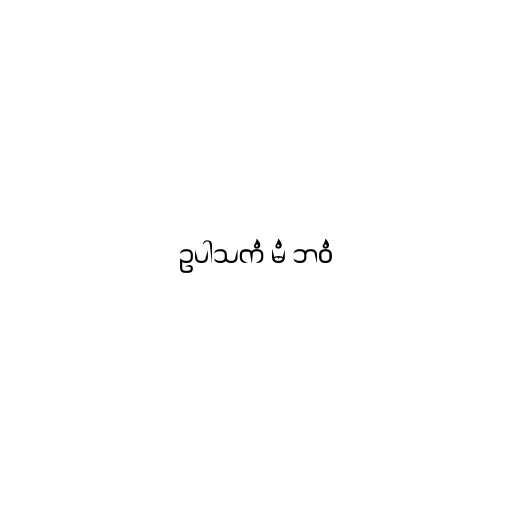
ဥပါသကံ မံ ဘဝံ